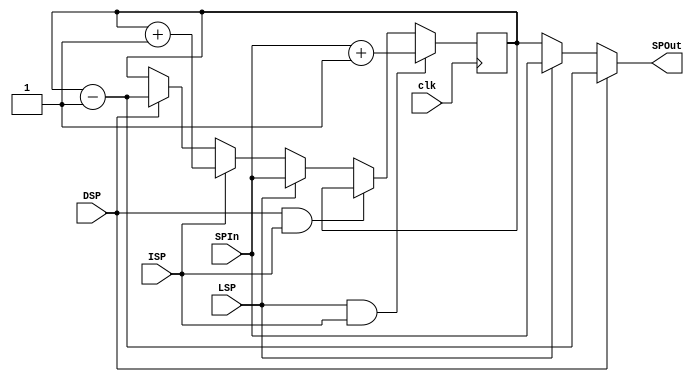
`timescale 1ns/1ps

module StackPointer(
    /*******************INPUTS PORTS**********************************************/
    input			clk,    // System Wide clock
    input	      	ISP,    // Increment SP
    input           DSP,    // Decrement SP
    input           LSP,    // Load SP 
    
    /*******************BEGIN COMMENT********************************************/
    //ESP is not required here. only issued by the CCG to some select logic
    /*******************END COMMENT**********************************************/
    
    input   [15:0]   SPIn,   // SP Input LOAD Address :: Address to be written into SP :: FROM Buffer3_2
    /*******************END INPUTS PORTS*****************************************/
    
    /*******************OUTPUT PORTS*********************************************/
    output  [15:0]   SPOut   // SP Output :: Final Output Address of SP Module :: TO ALUmux, AS2 and AS
    /*******************END OUTPUT PORTS*****************************************/
    );
    
    /***************REGISTERS***************************/
    reg [15:0] SPReg;        // SP Register :: Contains SP Address
    /***************END REGISTERS***********************/
    
    /***************INITIALISATION**********************/
    initial
        SPReg = 16'h00;      // SPReg initialised to 0x00
    /***************END INITIALISATION*****************/
    
    assign SPOut = DSP?(SPReg-1):(LSP? SPIn :SPReg);    // Select SPOut based on DSP and LSP :: The Line Below Acomodate value pass throughs
    
    // the Code Below acomodates the assignment cases
    always @(posedge clk)
    begin
    
        // SPReg ASSIGNMENT CASES
        if(LSP && ISP)                              // CASE :: LSP == 1 AND ISP == 1 
            SPReg <= SPIn +1;                       // OPERATION :: Increment SPReg by 1
        else if(DSP && ISP)                         // CASE :: DSP == 1 AND ISP == 1
            SPReg <= SPReg;                         // OPERATION :: HOLD SPReg Value :: No Stack Operation    
        else if(LSP)                                // CASE :: LSP == 1 
            SPReg <= SPIn;                          // OPERATION :: WRITE SPReg <- SPIn :: SPIn into SPReg Value    
        else if(ISP)                                // CASE :: ISP == 1 
            SPReg <= SPReg +1;                      // OPERATION :: Increment SPReg by 1
        else if(DSP)                                // CASE :: DSP == 1
            SPReg <= SPReg - 1;                     // OPERATION :: Decrement SPReg by 1
        else                                        // CASE :: DEFAULT
            SPReg <= SPReg;                         // OPERATION :: HOLD SPReg Value :: No Stack Operation
    end                                         

endmodule